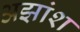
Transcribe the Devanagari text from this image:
अझांश